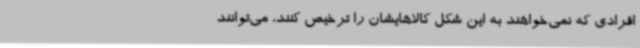
افرادی که نمی‌خواهند به این شکل کالاهایشان را ترخیص کنند، می‌توانند